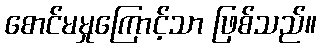
စောင်မမှုကြောင့်သာ ဖြစ်သည်။